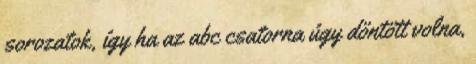
sorozatok, így ha az abc csatorna úgy döntött volna,